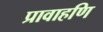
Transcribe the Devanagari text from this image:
प्रावाहणि